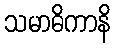
သမာဓိကာနိ